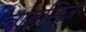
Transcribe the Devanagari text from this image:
वाइसिज़